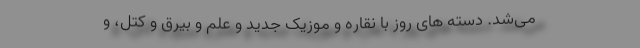
می‌شد. دسته‌ های روز با نقاره و موزیک جدید و علم و بیرق و کتل، و